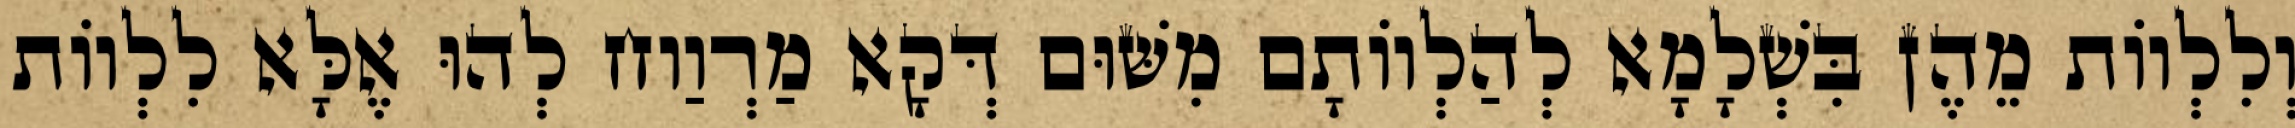
וְלִלְווֹת מֵהֶן בִּשְׁלָמָא לְהַלְווֹתָם מִשּׁוּם דְּקָא מַרְוַוח לְהוּ אֶלָּא לִלְווֹת